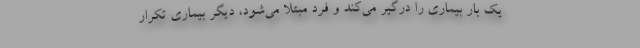
یک بار بیماری را درگیر می‌کند و فرد مبتلا می‌شود، دیگر بیماری تکرار